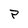
Character: P